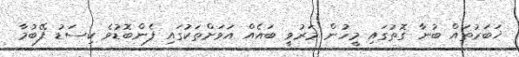
ޚަބަރުތައް ބުނާ ގޮތުގައި މީހުން މަރުވީ ބައެއް އަވަށްތަކުގައި ފެންބޮޑުވެ ކިސަޑު ފޭބުމާ